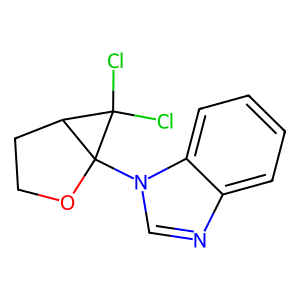
SMILES: ClC1(Cl)C2CCOC21n1cnc2ccccc21
Inhibits HIV replication: No